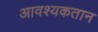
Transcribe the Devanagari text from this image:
आवश्यकतान